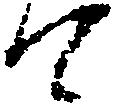
て